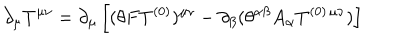
LaTeX: \partial _ { \mu } T ^ { \mu \nu } = \partial _ { \mu } \left[ ( \theta F T ^ { ( 0 ) } ) ^ { \mu \nu } - \partial _ { \beta } ( \theta ^ { \alpha \beta } A _ { \alpha } T ^ { ( 0 ) \, \mu \nu } ) \right]